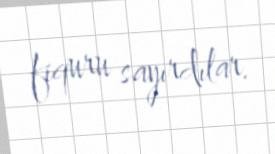
fiquru sayırdılar.